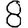
Digit: 8